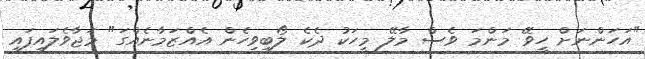
"އަހަންނަށް ހީވޭ މަންމަ ވެސް މާލޭ މީހަކު ދެކެ ލޯބިވިހެން އެއްޒަމާނެއްގަ" މަޖާވެލައިފައި